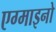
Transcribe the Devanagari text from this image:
एग्माइनो